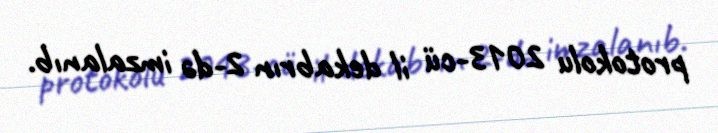
protokolu 2013-cü il dekabrın 2-də imzalanıb.